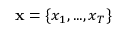
\mathbf { x } = \{ x _ { 1 } , . . . , x _ { T } \}